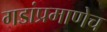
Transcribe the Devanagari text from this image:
गडांप्रमाणेच